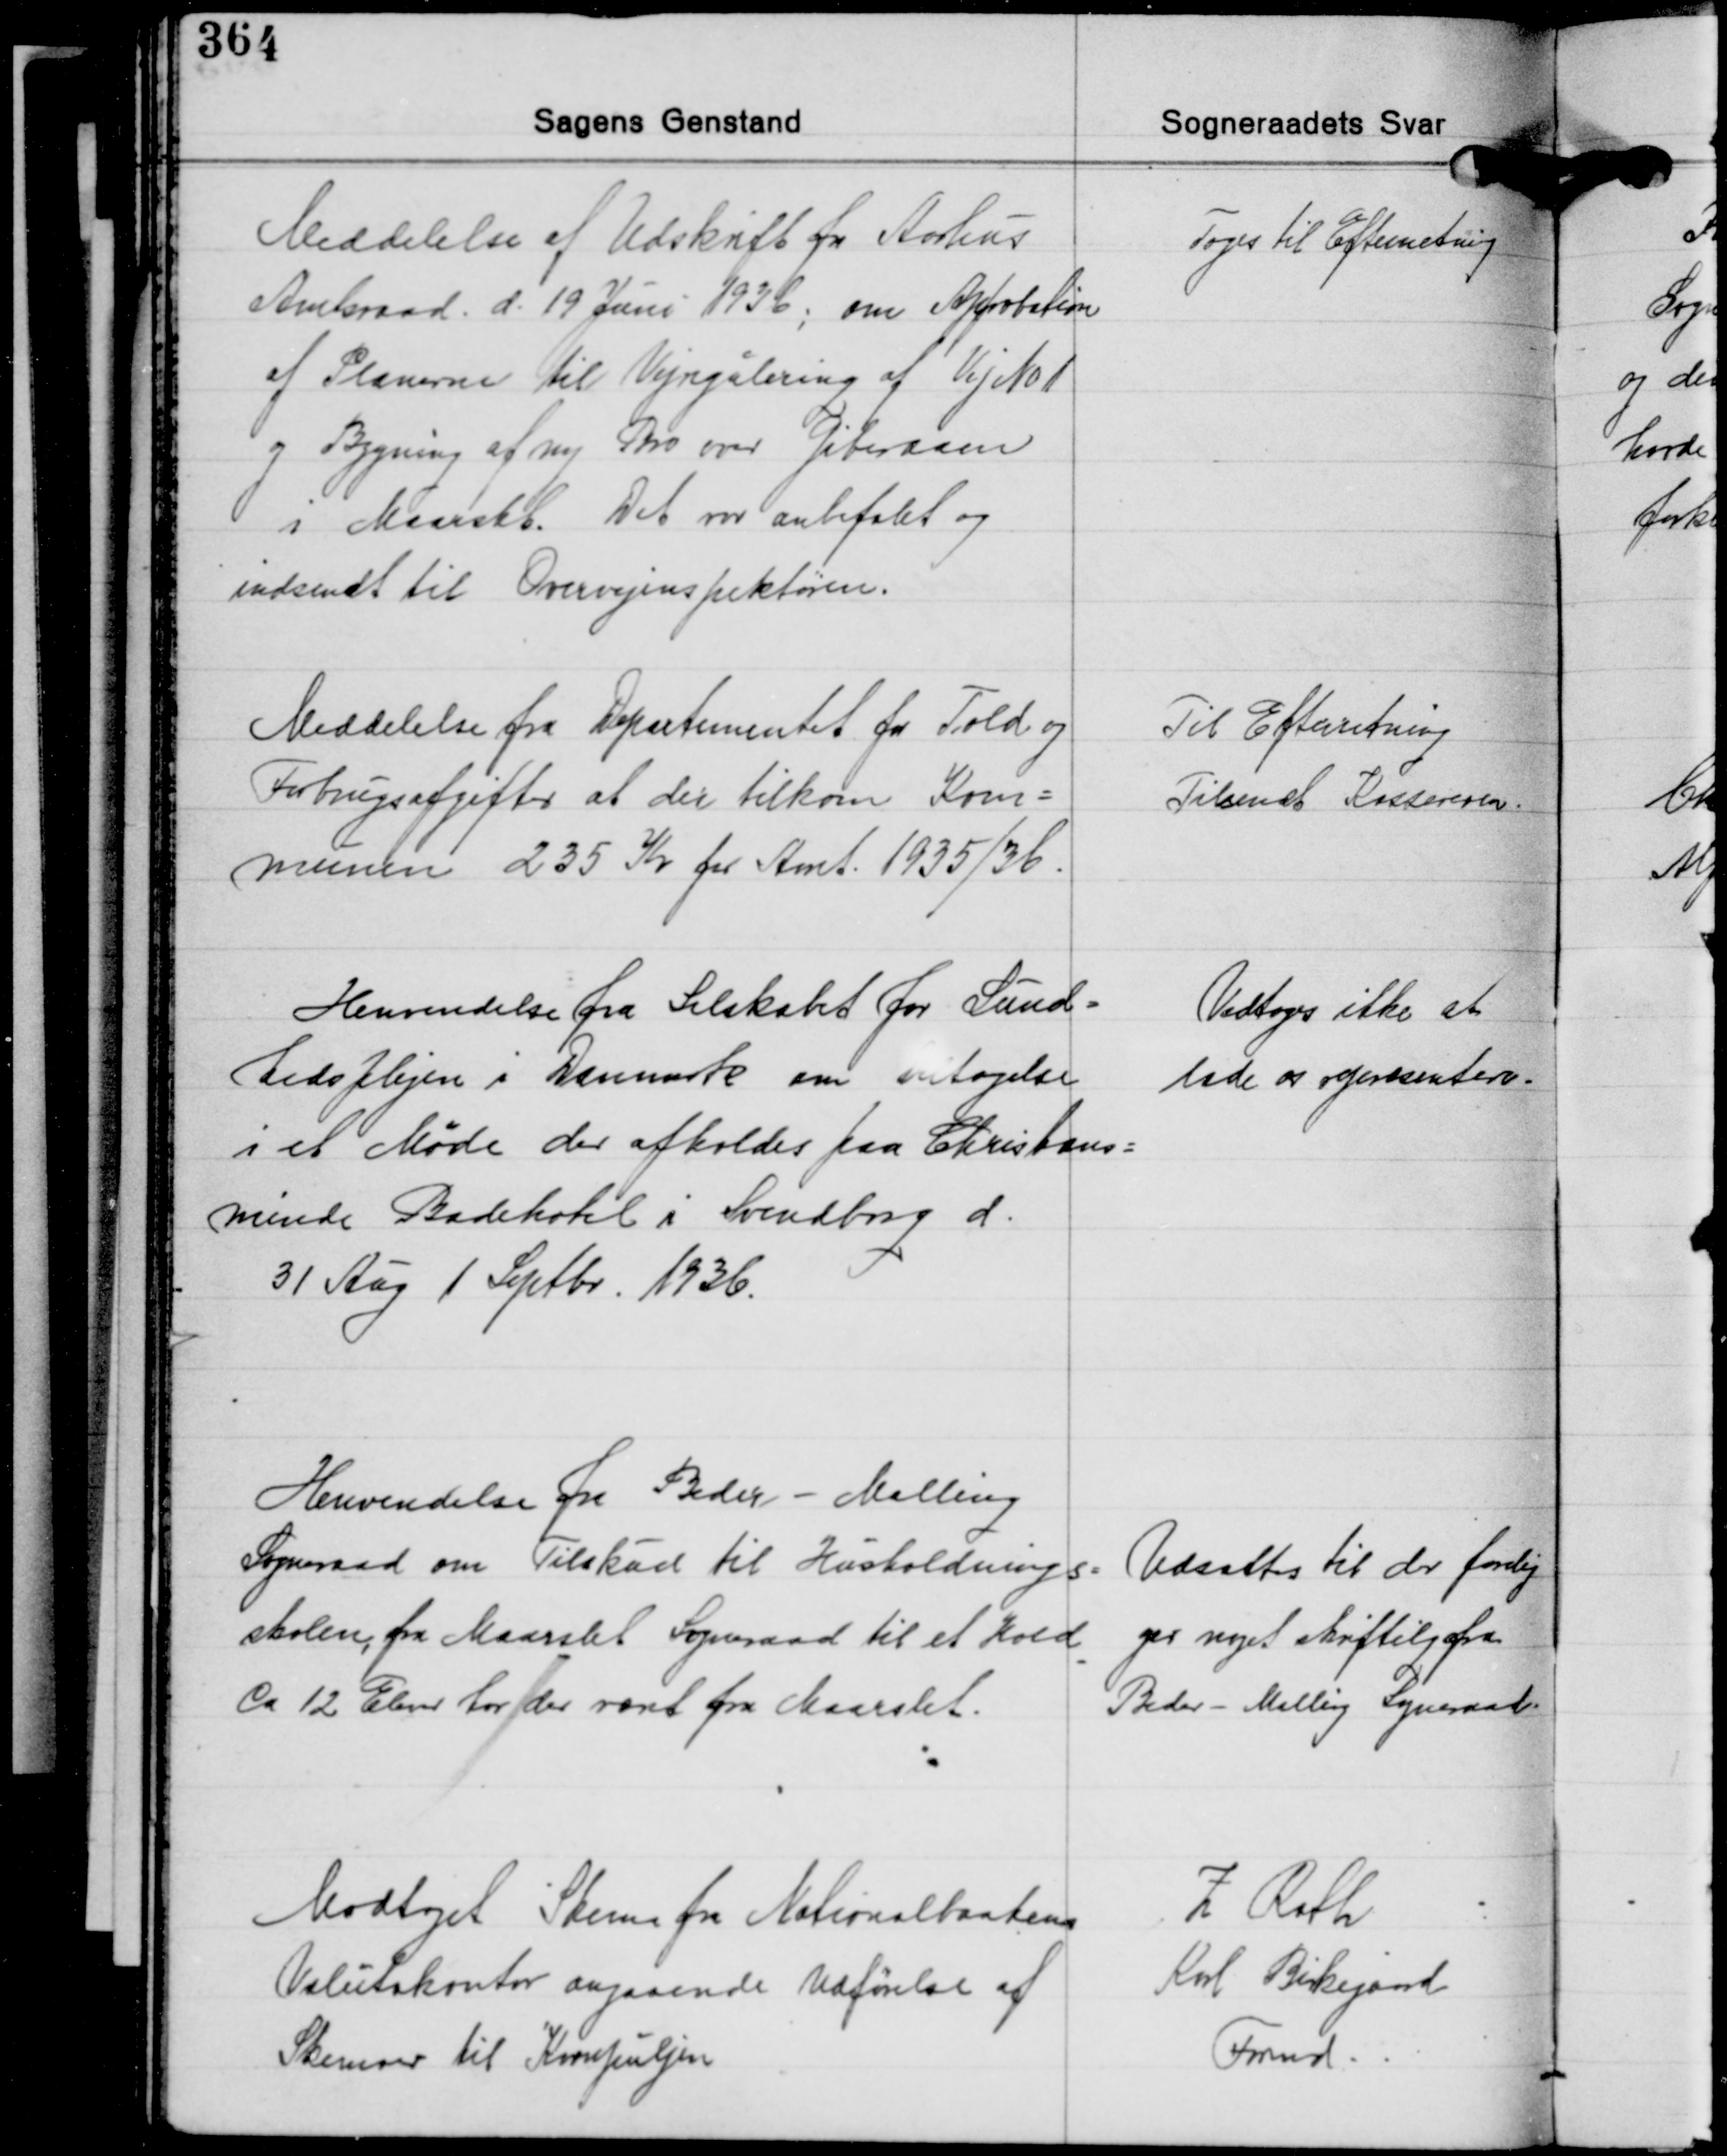
Transskription:
Meddelelse af Udskrift fra Aarhus
Amtsraad d. 19 Juni 1936; om Approbation
af Planerne til Vejregulering af Vej No 1
og Bygning af ny Bro over Giberaaen
i Maarslet. Det var anbefalet og
indsendt til Overvejinspektøren.

Toges til Efterretning.

Meddelelse fra Departementet for Told og
Forbrugsafgifter at der tilkom Kom-
munen 235 Kr. for Amt 1935/36.

Til Efterretning.
Tilsendt Kassereren.

Henvendelse fra Selskabet for Sund-
hedsplejen i Danmark om Fritagelse
i et Møde der afholdes paa Christans-
minde Badehotel i Svendborg d.
31 Aug. 1 Septbr. 1936.

Vedtoges ikke at
lade os representere.

Henvendelse fra Beder - Malling
Sogneraad om Tilskud til Husholdnings-
skolen fra Maarslet Sogneraad til et Hold.
Ca. 12 Elever har der været fra Maarslet.

Udsattes til der forelig-
ger noget skriftlig fra
Beder - Malling Sogneraad

Modtaget Skema fra Nationalbankens
Valutakontor angaaende Udførelse af
Skemaer til Kornpuljen

Z. Rath
Karl Bikegaard
Formd.